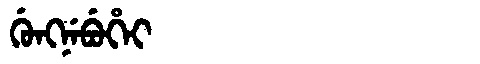
Manchu: ᡤᡠᠩᠨᡝᠪᡠᡥᡝᡳ
Romanization: GUNGNEBUHEI